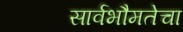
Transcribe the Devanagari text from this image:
सार्वभौमतेचा